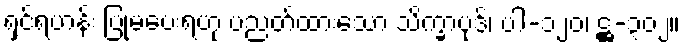
ရှင်ရဟန်း ပြုမပေးရဟု ပညတ်ထားသော သိက္ခာပုဒ်၊ ပါ-၁၂၀၊ ဋ္ဌ-၃၀၂။